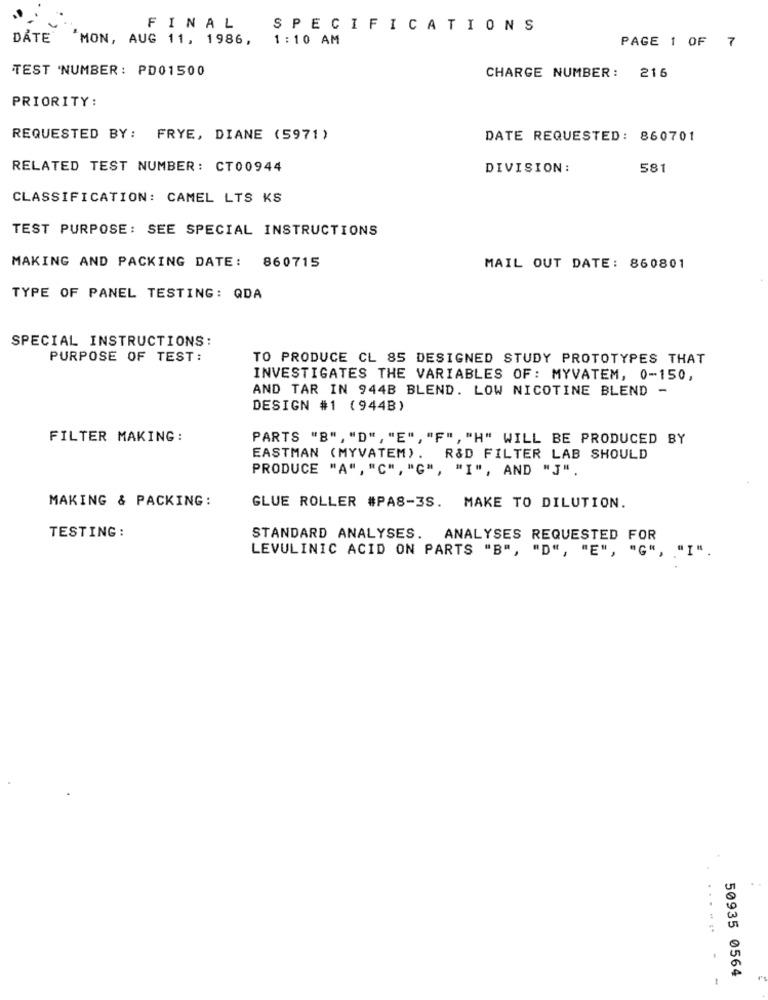
FINAL
SPECIFICATIONS
DATE "MON, AUG 11, 1986, 1:10 AM
PAGE 1 OF 7
TEST 'NUMBER: PD01500
CHARGE NUMBER: 216
PRIORITY:
REQUESTED BY: FRYE, DIANE (5971)
DATE REQUESTED: 860701
RELATED TEST NUMBER: CT00944
DIVISION:
581
CLASSIFICATION: CAMEL LTS KS
TEST PURPOSE: SEE SPECIAL INSTRUCTIONS
MAKING AND PACKING DATE: 860715
MAIL OUT DATE: 860801
TYPE OF PANEL TESTING: QDA
SPECIAL INSTRUCTIONS:
PURPOSE OF TEST:
TO PRODUCE CL 85 DESIGNED STUDY PROTOTYPES THAT
INVESTIGATES THE VARIABLES OF: MYVATEM, 0-150,
AND TAR IN 944B BLEND. LOW NICOTINE BLEND -
DESIGN #1 (944B)
FILTER MAKING:
PARTS "B", "D", "E", "F" , "H" WILL BE PRODUCED BY
EASTMAN (MYVATEM). R&D FILTER LAB SHOULD
PRODUCE "A", "C", "G", "I", AND "J".
MAKING & PACKING:
GLUE ROLLER #PAS-3S. MAKE TO DILUTION.
TESTING :
STANDARD ANALYSES.
ANALYSES REQUESTED FOR
LEVULINIC ACID ON PARTS "B", "D", "E", "G",
......
50935 0564